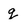
Character: g